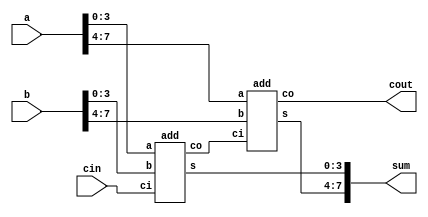
module max_speed(a,b,cin,sum,cout);
  input [7:0]a,b;
  input cin;
  output [7:0]sum;
  output cout;
  wire cout1;
      add u0(a[3:0],b[3:0],cin,sum[3:0],cout1);
      add u1(a[7:4],b[7:4],cout1,sum[7:4],cout);
endmodule

module add(a,b,ci,s,co);  
  input [3:0]a,b;
  input ci;
  output [3:0]s;
  output co;
  wire [3:0]c_tmp;
  wire [3:0]g;
  wire [3:0]p;
      assign co=c_tmp[3];
      assign g[0]=a[0]&b[0],g[1]=a[1]&b[1], g[2]=a[2]&b[2], g[3]=a[3]&b[3];
      assign p[0]=a[0]|b[0],p[1]=a[1]|b[1], p[2]=a[2]|b[2], p[3]=a[3]|b[3];
      assign c_tmp[0]=g[0]|(p[0]&ci);
      assign c_tmp[1]=g[1]|(p[1]&g[0])|(p[1]&p[0]&ci);
      assign c_tmp[2]=g[2]|(p[2]&g[1])|(p[2]&p[1]&g[0])|(p[2]&p[1]&p[0]&ci);
      assign c_tmp[3]=g[3]|(p[3]&g[2])|(p[3]&p[2]&g[1])|(p[3]&p[2]&p[1]&g[0])|(p[3]&p[2]&p[1]&p[0]&ci);
      assign s[3:0]=a[3:0]^b[3:0]^{c_tmp[2:0],ci};
endmodule